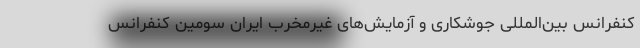
کنفرانس بین‌المللی جوشکاری و آزمایش‌های غیرمخرب ایران سومین کنفرانس